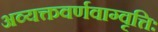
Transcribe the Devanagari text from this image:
अव्यक्तवर्णवाग्वृत्तिः